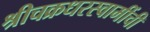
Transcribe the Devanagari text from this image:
श्रीचक्रधरस्वामींची